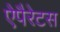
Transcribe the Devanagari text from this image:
ऐपैरेटस